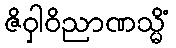
ဇိဝှါဝိညာဏသ္မိံ